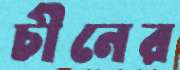
চীনের